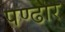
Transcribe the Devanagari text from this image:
पण्‍ढार